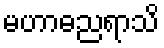
မဟာဓညရာသိ